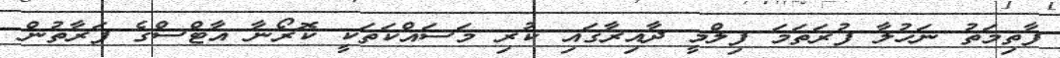
ފާތިމަތު ނަހުލާ ފުރަތަމަ ފިލްމީ ދާއިރާގައި ކުރި މަސައްކަތަކީ ކޮރޯނާ އާޓްސްގެ ފަރާތުން